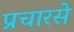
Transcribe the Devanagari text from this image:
प्रचारसे